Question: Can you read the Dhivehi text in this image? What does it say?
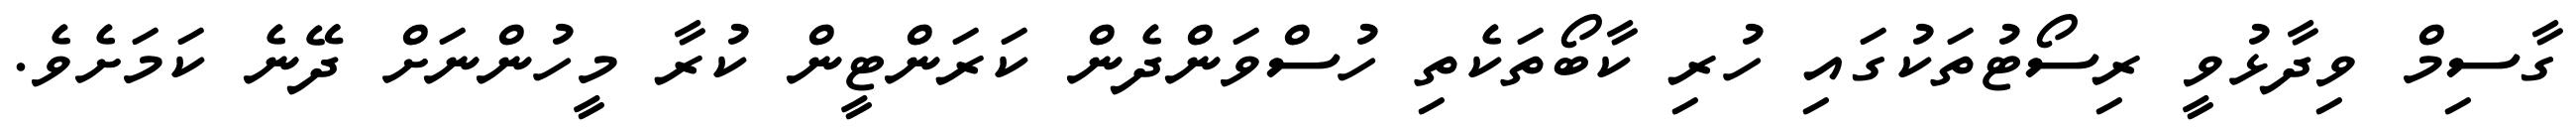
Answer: ގާސިމް ވިދާޅުވީ ރިސޯޓުތަކުގައި ހުރި ކާބޯތަކެތި ހުސްވަންދެން ކަރަންޓީން ކުރާ މީހުންނަށް ދޭނެ ކަމަށެވެ.